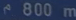
^2800~m